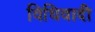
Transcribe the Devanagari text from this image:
विधिवादी